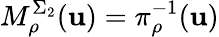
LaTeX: M_{\rho}^{\Sigma_{2}}(\mathbf{u})=\pi_{\rho}^{-1}(\mathbf{u})